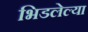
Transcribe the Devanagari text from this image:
भिडलेल्या